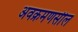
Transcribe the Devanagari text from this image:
अवक्रमणसील